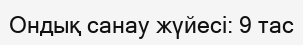
Ондық санау жүйесі: 9 тас